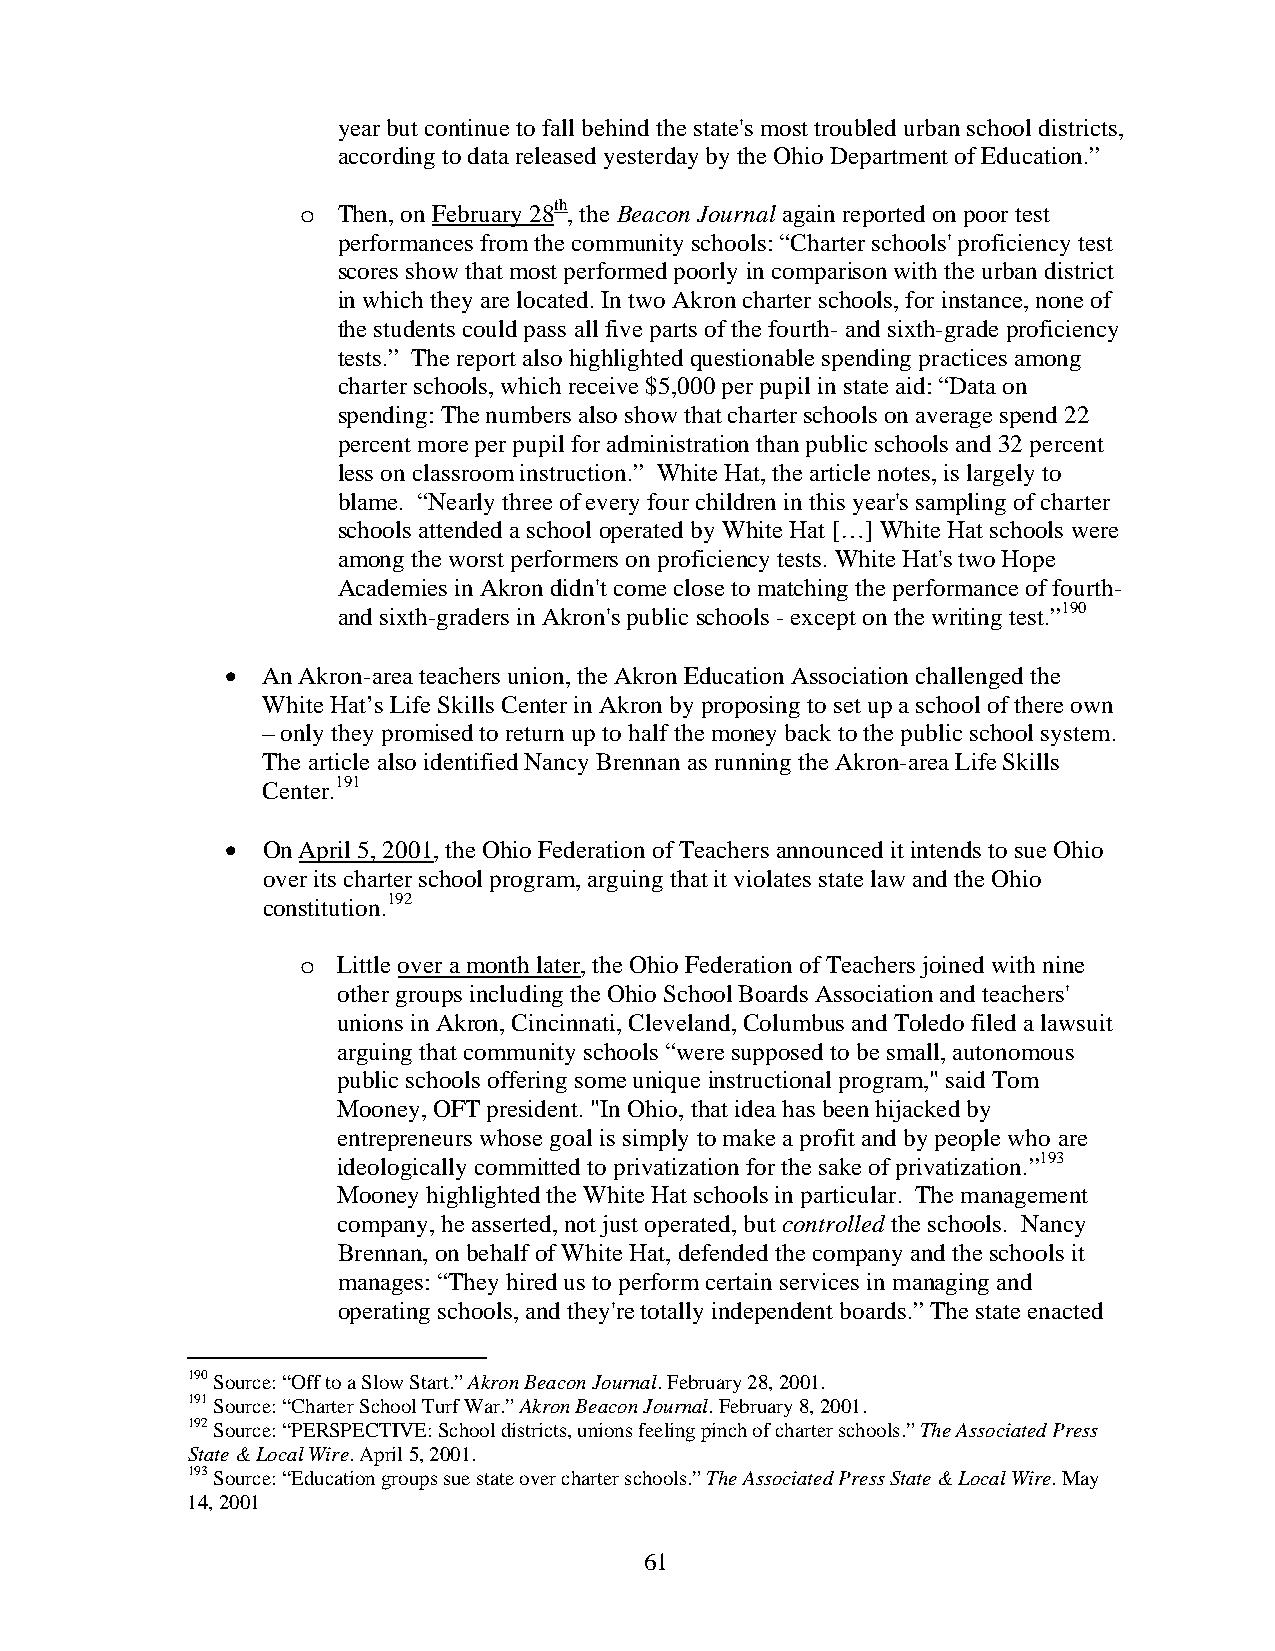
year but continue to fall behind the state's most troubled urban school districts,
 according to data released yesterday by the Ohio Department of Education.”
 o Then, on February 28th, the Beacon Journal again reported on poor test
 performances from the community schools: “Charter schools' proficiency test
 scores show that most performed poorly in comparison with the urban district
 in which they are located. In two Akron charter schools, for instance, none of
 the students could pass all five parts of the fourth- and sixth-grade proficiency
 tests.” The report also highlighted questionable spending practices among
 charter schools, which receive $5,000 per pupil in state aid: “Data on
 spending: The numbers also show that charter schools on average spend 22
 percent more per pupil for administration than public schools and 32 percent
 less on classroom instruction.” White Hat, the article notes, is largely to
 blame. “Nearly three of every four children in this year's sampling of charter
 schools attended a school operated by White Hat […] White Hat schools were
 among the worst performers on proficiency tests. White Hat's two Hope
 Academies in Akron didn't come close to matching the performance of fourth-
 and sixth-graders in Akron's public schools - except on the writing test.”190
 • An Akron-area teachers union, the Akron Education Association challenged the
 White Hat’s Life Skills Center in Akron by proposing to set up a school of there own
 – only they promised to return up to half the money back to the public school system.
 The article also identified Nancy Brennan as running the Akron-area Life Skills
 Center.191
 • On April 5, 2001, the Ohio Federation of Teachers announced it intends to sue Ohio
 over its charter school program, arguing that it violates state law and the Ohio
 constitution.192
 o Little over a month later, the Ohio Federation of Teachers joined with nine
 other groups including the Ohio School Boards Association and teachers'
 unions in Akron, Cincinnati, Cleveland, Columbus and Toledo filed a lawsuit
 arguing that community schools “were supposed to be small, autonomous
 public schools offering some unique instructional program," said Tom
 Mooney, OFT president. "In Ohio, that idea has been hijacked by
 entrepreneurs whose goal is simply to make a profit and by people who are
 ideologically committed to privatization for the sake of privatization.”193
 Mooney highlighted the White Hat schools in particular. The management
 company, he asserted, not just operated, but controlled the schools. Nancy
 Brennan, on behalf of White Hat, defended the company and the schools it
 manages: “They hired us to perform certain services in managing and
 operating schools, and they're totally independent boards.” The state enacted
 190 Source: “Off to a Slow Start.” Akron Beacon Journal. February 28, 2001.
 191 Source: “Charter School Turf War.” Akron Beacon Journal. February 8, 2001.
 192 Source: “PERSPECTIVE: School districts, unions feeling pinch of charter schools.” The Associated Press
 State & Local Wire. April 5, 2001.
 193 Source: “Education groups sue state over charter schools.” The Associated Press State & Local Wire. May
 14, 2001
 61